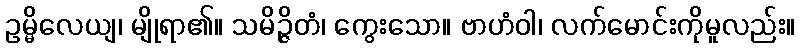
ဥမ္မိလေယျ၊ မျိုရာ၏။ သမိဉ္ဇိတံ၊ ကွေးသော။ ဗာဟံဝါ၊ လက်မောင်းကိုမူလည်း။